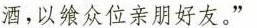
酒，以飨众位亲朋好友。”